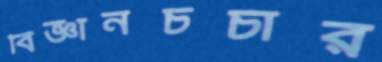
বিজ্ঞানচর্চার